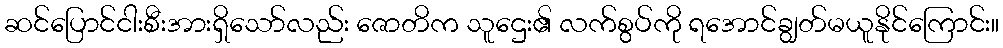
ဆင်ပြောင်ငါးစီးအားရှိသော်လည်း ဇောတိက သူဌေး၏ လက်စွပ်ကို ရအောင်ချွတ်မယူနိုင်ကြောင်း။